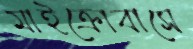
মাইক্রোবাসে